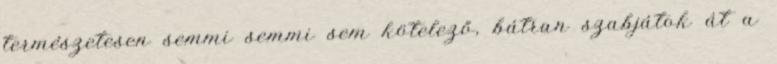
természetesen semmi semmi sem kötelező, bátran szabjátok át a